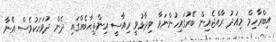
އިބްރާހިމް މިއަދު ރާއްޖެއިން ބޭރުގައިހުންނަވާ ވިދާޅުވީ ރިއާސީ އިންތިޙާބެއްގައި ދެން ދުވަހަކުވެސް އޭނާ